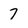
Character: 7